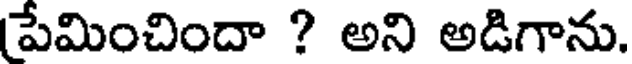
పేమించిందా ? అని అడిగాను.